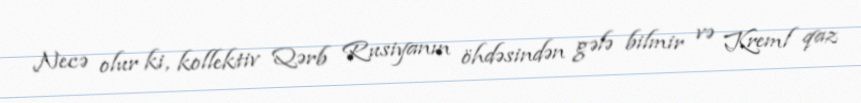
Necə olur ki, kollektiv Qərb Rusiyanın öhdəsindən gələ bilmir və Kreml qaz